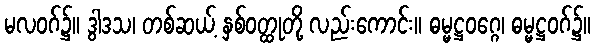
မလဝဂ်၌။ ဒွါဒသ၊ တစ်ဆယ့် နှစ်ဝတ္ထုတို့ လည်းကောင်း။ ဓမ္မဋ္ဌဝဂ္ဂေ၊ ဓမ္မဋ္ဌဝဂ်၌။